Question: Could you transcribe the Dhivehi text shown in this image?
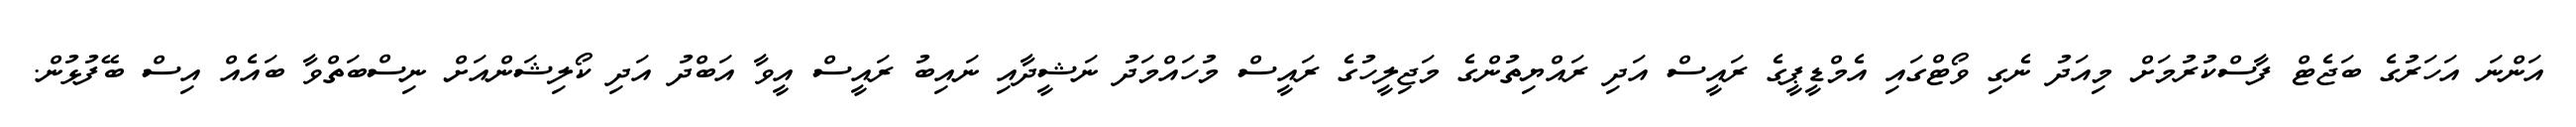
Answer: އަންނަ އަހަރުގެ ބަޖެޓް ފާސްކުރުމަށް މިއަދު ނެގި ވޯޓްގައި އެމްޑީޕީގެ ރައީސް އަދި ރައްޔިތުންގެ މަޖިލީހުގެ ރައީސް މުހައްމަދު ނަޝީދާއި ނައިބު ރައީސް އީވާ އަބްދު އަދި ކޯލިޝަންއަށް ނިސްބަތްވާ ބައެއް އިސް ބޭފުޅުން.